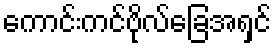
ကောင်းကင်ဗိုလ်ခြေအရှင်